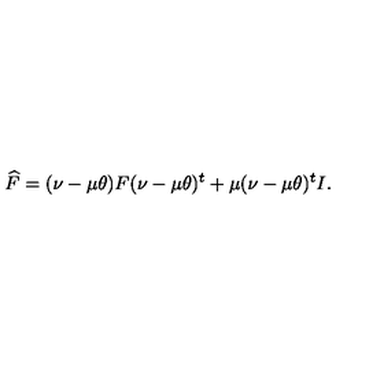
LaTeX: \widehat F = ( \nu - \mu \theta ) F ( \nu - \mu \theta ) ^ { t } + \mu ( \nu - \mu \theta ) ^ { t } I .